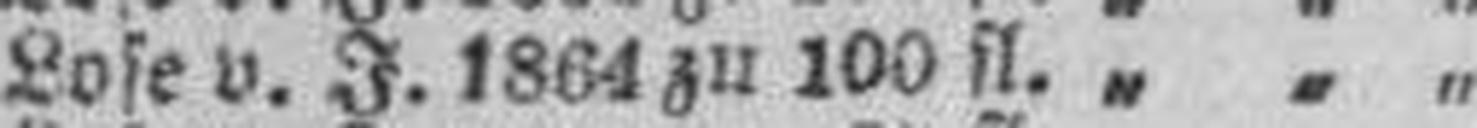
Lose v. J.1864 zu 100 fl. „ „ „